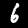
Label: 6